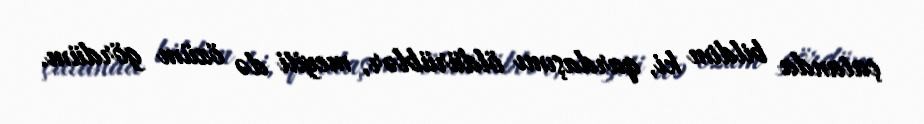
çatanda bildim ki, qardaşımı öldürüblər, meyiti də özüm gördüm.